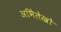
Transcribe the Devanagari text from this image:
अभिेलेखों